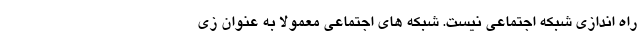
راه اندازی شبکه اجتماعی نیست. شبکه های اجتماعی معمولا به عنوان زی